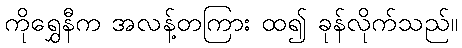
ကိုရွှေနီက အလန့်တကြား ထ၍ ခုန်လိုက်သည်။